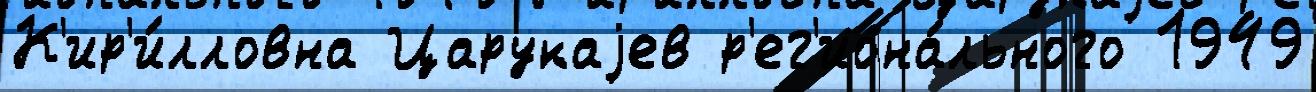
К'ир'и́лловна Царукаjев р'ег'иона́льного 1949